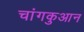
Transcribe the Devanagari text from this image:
चांगकुआन